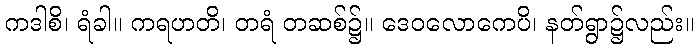
ကဒါစိ၊ ရံခါ။ ကရဟတိ၊ တရံ တဆစ်၌။ ဒေဝလောကေပိ၊ နတ်ရွာ၌လည်း။